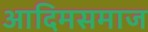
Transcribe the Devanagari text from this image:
आदिमसमाज